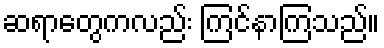
ဆရာတွေကလည်း ကြင်နာကြသည်။